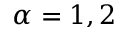
\alpha = 1 , 2